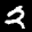
Label: 2